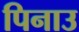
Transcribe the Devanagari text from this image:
पिनाउ